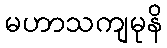
မဟာသကျမုနိ